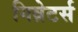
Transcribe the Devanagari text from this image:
गिब्रेटर्स